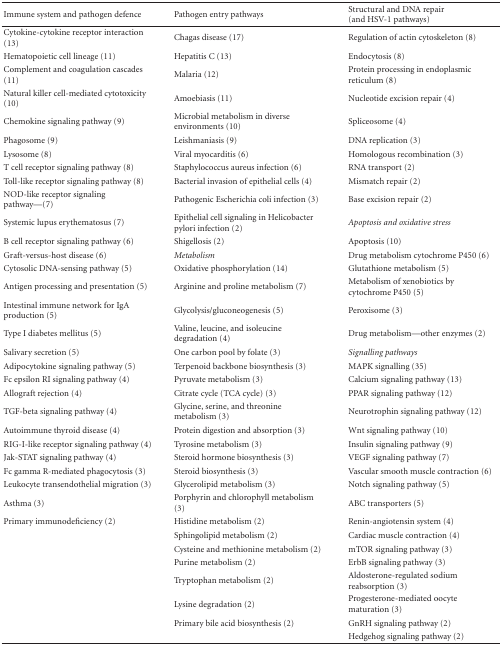
<table><thead><tr><td><b>Immune system and pathogen defence</b></td><td><b>Pathogen entry pathways</b></td><td><b>Structural and DNA repair (and HSV-1 pathways)</b></td></tr></thead><tbody><tr><td>Cytokine-cytokine receptor interaction (13)</td><td>Chagas disease (17)</td><td>Regulation of actin cytoskeleton (8)</td></tr><tr><td>Hematopoietic cell lineage (11)</td><td>Hepatitis C (13)</td><td>Endocytosis (8)</td></tr><tr><td>Complement and coagulation cascades (11)</td><td>Malaria (12)</td><td>Protein processing in endoplasmic reticulum (8)</td></tr><tr><td>Natural killer cell-mediated cytotoxicity (10)</td><td>Amoebiasis (11)</td><td>Nucleotide excision repair (4)</td></tr><tr><td>Chemokine signaling pathway (9)</td><td>Microbial metabolism in diverse environments (10)</td><td>Spliceosome (4)</td></tr><tr><td>Phagosome (9)</td><td>Leishmaniasis (9)</td><td>DNA replication (3)</td></tr><tr><td>Lysosome (8)</td><td>Viral myocarditis (6)</td><td>Homologous recombination (3)</td></tr><tr><td>T cell receptor signaling pathway (8)</td><td>Staphylococcus aureus infection (6)</td><td>RNA transport (2)</td></tr><tr><td>Toll-like receptor signaling pathway (8)</td><td>Bacterial invasion of epithelial cells (4)</td><td>Mismatch repair (2)</td></tr><tr><td>NOD-like receptor signaling pathway—(7)</td><td>Pathogenic Escherichia coli infection (3)</td><td>Base excision repair (2)</td></tr><tr><td>Systemic lupus erythematosus (7)</td><td>Epithelial cell signaling in Helicobacter pylori infection (2)</td><td><i>Apoptosis and oxidative stress</i></td></tr><tr><td>B cell receptor signaling pathway (6)</td><td>Shigellosis (2)</td><td>Apoptosis (10)</td></tr><tr><td>Graft-versus-host disease (6)</td><td><i>Metabolism</i></td><td>Drug metabolism cytochrome P450 (6)</td></tr><tr><td>Cytosolic DNA-sensing pathway (5)</td><td>Oxidative phosphorylation (14)</td><td>Glutathione metabolism (5)</td></tr><tr><td>Antigen processing and presentation (5)</td><td>Arginine and proline metabolism (7)</td><td>Metabolism of xenobiotics by cytochrome P450 (5)</td></tr><tr><td>Intestinal immune network for IgA production (5)</td><td>Glycolysis/gluconeogenesis (5)</td><td>Peroxisome (3)</td></tr><tr><td>Type I diabetes mellitus (5)</td><td>Valine, leucine, and isoleucine degradation (4)</td><td>Drug metabolism—other enzymes (2)</td></tr><tr><td>Salivary secretion (5)</td><td>One carbon pool by folate (3)</td><td><i>Signalling pathways</i></td></tr><tr><td>Adipocytokine signaling pathway (5)</td><td>Terpenoid backbone biosynthesis (3)</td><td>MAPK signalling (35)</td></tr><tr><td>Fc epsilon RI signaling pathway (4)</td><td>Pyruvate metabolism (3)</td><td>Calcium signaling pathway (13)</td></tr><tr><td>Allograft rejection (4)</td><td>Citrate cycle (TCA cycle) (3)</td><td>PPAR signaling pathway (12)</td></tr><tr><td>TGF-beta signaling pathway (4)</td><td>Glycine, serine, and threonine metabolism (3)</td><td>Neurotrophin signaling pathway (12)</td></tr><tr><td>Autoimmune thyroid disease (4)</td><td>Protein digestion and absorption (3)</td><td>Wnt signaling pathway (10)</td></tr><tr><td>RIG-I-like receptor signaling pathway (4)</td><td>Tyrosine metabolism (3)</td><td>Insulin signaling pathway (9)</td></tr><tr><td>Jak-STAT signaling pathway (4)</td><td>Steroid hormone biosynthesis (3)</td><td>VEGF signaling pathway (7)</td></tr><tr><td>Fc gamma R-mediated phagocytosis (3)</td><td>Steroid biosynthesis (3)</td><td>Vascular smooth muscle contraction (6)</td></tr><tr><td>Leukocyte transendothelial migration (3)</td><td>Glycerolipid metabolism (3)</td><td>Notch signaling pathway (5)</td></tr><tr><td>Asthma (3)</td><td>Porphyrin and chlorophyll metabolism (3)</td><td>ABC transporters (5)</td></tr><tr><td>Primary immunodeficiency (2)</td><td>Histidine metabolism (2)</td><td>Renin-angiotensin system (4)</td></tr><tr><td></td><td>Sphingolipid metabolism (2)</td><td>Cardiac muscle contraction (4)</td></tr><tr><td></td><td>Cysteine and methionine metabolism (2)</td><td>mTOR signaling pathway (3)</td></tr><tr><td></td><td>Purine metabolism (2)</td><td>ErbB signaling pathway (3)</td></tr><tr><td></td><td>Tryptophan metabolism (2)</td><td>Aldosterone-regulated sodium reabsorption (3)</td></tr><tr><td></td><td>Lysine degradation (2)</td><td>Progesterone-mediated oocyte maturation (3)</td></tr><tr><td></td><td>Primary bile acid biosynthesis (2)</td><td>GnRH signaling pathway (2)</td></tr><tr><td></td><td></td><td>Hedgehog signaling pathway (2)</td></tr></tbody></table>